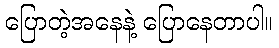
ပြောတဲ့အနေနဲ့ ပြောနေတာပါ။